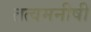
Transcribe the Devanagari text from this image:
तत्वमनीषी